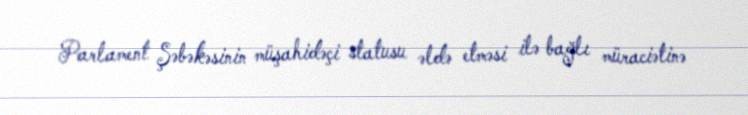
Parlament Şəbəkəsinin müşahidəçi statusu əldə etməsi ilə bağlı müraciətinə